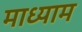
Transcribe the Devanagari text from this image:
माध्याम